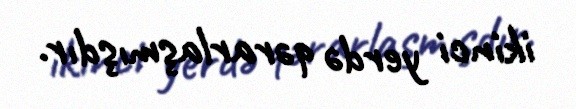
ikinci yerdə qərarlaşmışdır.